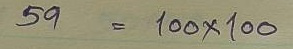
59 = 100 x 100